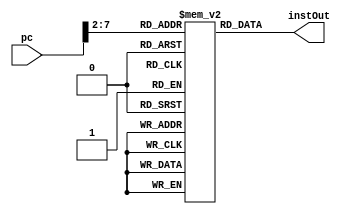
`timescale 1ns / 1ps
module instruction_memory(
    input [31:0] pc,
    
    output reg [31:0] instOut
);

reg [31:0] memory [0:63];

 initial begin
    memory [6'h00] = 32'h3c010000;  // (00) main:   lui  $1, 0       
    memory [6'h01] = 32'h34240050;  // (04)         ori  $4, $1, 80    
    memory [6'h02] = 32'h0c00001b;  // (08) call:   jal  sum           
    memory [6'h03] = 32'h20050004;  // (0c) dslot1: addi $5, $0,  4    
    memory [6'h04] = 32'hac820000;  // (10) return: sw   $2, 0($4)    
    memory [6'h05] = 32'h8c890000;  // (14)         lw   $9, 0($4)  
    memory [6'h06] = 32'h01244022;  // (18)         sub  $8, $9, $4    
    memory[6'h07] = 32'h20050003;  // (1c)         addi $5, $0,  3    
    memory [6'h08] = 32'h20a5ffff;  // (20) loop2:  addi $5, $5, -1  
    memory [6'h09] = 32'h34a8ffff;  // (24)         ori  $8, $5, 0xffff
    memory [6'h0a] = 32'h39085555;  // (28)         xori $8, $8, 0x5555
    memory [6'h0b] = 32'h2009ffff;  // (2c)         addi $9, $0, -1
    memory [6'h0c] = 32'h312affff;  // (30)         andi $10,$9,0xffff
    memory [6'h0d] = 32'h01493025;  // (34)         or   $6, $10, $9  
    memory [6'h0e] = 32'h01494026;  // (38)         xor  $8, $10, $9   
    memory [6'h0f] = 32'h01463824;  // (3c)    and  $7, $10, $6  
    memory [6'h10] = 32'h10a00003;  // (40)         beq  $5, $0, shift 
    memory [6'h11] = 32'h00000000;  // (44) dslot2: nop
    memory [6'h12] = 32'h08000008;  // (48)         j    loop2 
    memory [6'h13] = 32'h00000000;  // (4c) dslot3: nop      
    memory [6'h14] = 32'h2005ffff;  // (50) shift:  addi $5, $0, -1    
    memory [6'h15] = 32'h000543c0;  // (54)         sll  $8, $5, 15    
    memory [6'h16] = 32'h00084400;// (58)         sll  $8, $8, 16    
    memory [6'h17] = 32'h00084403;  // (5c)         sra  $8, $8, 16
    memory [6'h18] = 32'h000843c2;  // (60)         srl  $8, $8, 15    
    memory [6'h19] = 32'h08000019;  // (64) finish: j    finish  
    memory [6'h1a] = 32'h00000000;  // (68) dslot4: nop   
    memory [6'h1b] = 32'h00004020;  // (6c) sum:    add  $8, $0, $0
    memory [6'h1c] = 32'h8c890000;  // (70) loop:   lw   $9, 0($4) 
    memory [6'h1d] = 32'h01094020;  // (74) stall:  add  $8, $8, $9 
    memory [6'h1e] = 32'h20a5ffff;  // (78)         addi $5, $5, -1 
    memory [6'h1f] = 32'h14a0fffc;  // (7c)         bne  $5, $0, loop 
    memory [6'h20] = 32'h20840004;  // (80) dslot5: addi $4, $4,  4
    memory [6'h21] = 32'h03e00008;  // (84)         jr   $31
    memory [6'h22] = 32'h00081000;  // (88) dslot6: sll  $2, $8, 0  medium
 end
always @(*)
    begin
        instOut = memory[pc[7:2]];
    end


endmodule